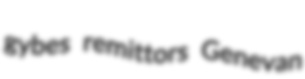
gybes remittors Genevan